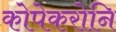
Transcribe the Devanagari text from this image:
कोपेकरोनि